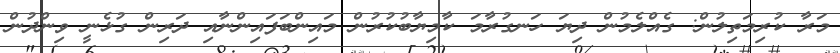
މަރާ ކުރިމަތިލުން: ގެއްލެމުން ދިޔަ ހަނގުރާމަ ކާމިޔާބުކުރުން މައިންބަފައިންނާއި ދަރިން ގުޅެނީ ވިންދުން